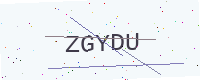
Text: ZGYDU